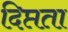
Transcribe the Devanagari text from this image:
दिप्तता